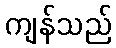
ကျန်သည်